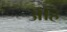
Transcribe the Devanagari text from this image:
ऑह